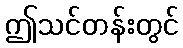
ဤသင်တန်းတွင်